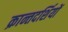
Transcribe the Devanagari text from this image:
क्रान्तदर्शियों